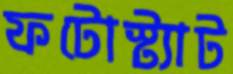
ফটোস্ট্যাট